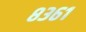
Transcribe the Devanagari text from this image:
८३६१